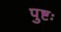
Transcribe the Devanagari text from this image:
पुष्टः